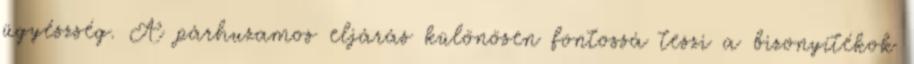
ügyészség. A párhuzamos eljárás különösen fontossá teszi a bizonyítékok